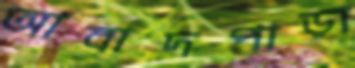
আবাদপাড়া